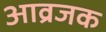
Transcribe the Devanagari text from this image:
आव्रजक